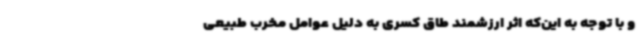
و با توجه به این‌که اثر ارزشمند طاق کسری به دلیل عوامل مخرب طبیعی